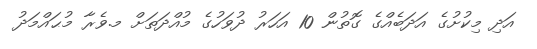
އަދި މިކުށުގެ އަދަބެއްގެ ގޮތުން 10 އަހަރު ދުވަހުގެ މުއްދަތަށް މ.ވެރާ މުޙައްމަދު